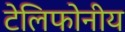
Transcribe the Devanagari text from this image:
टेलिफोनीय